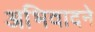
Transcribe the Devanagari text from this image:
अभिवादने